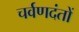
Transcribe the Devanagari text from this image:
चर्वणदंतों